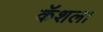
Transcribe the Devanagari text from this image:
कॅशला